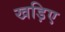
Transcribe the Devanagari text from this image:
खड़िए